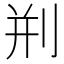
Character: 𠛼